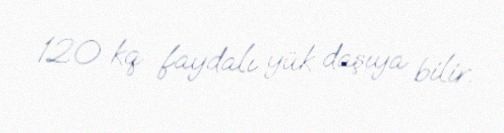
120 kq faydalı yük daşıya bilir.